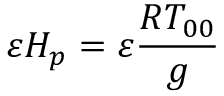
{ \varepsilon } H _ { p } = { \varepsilon } \frac { R T _ { 0 0 } } { g }